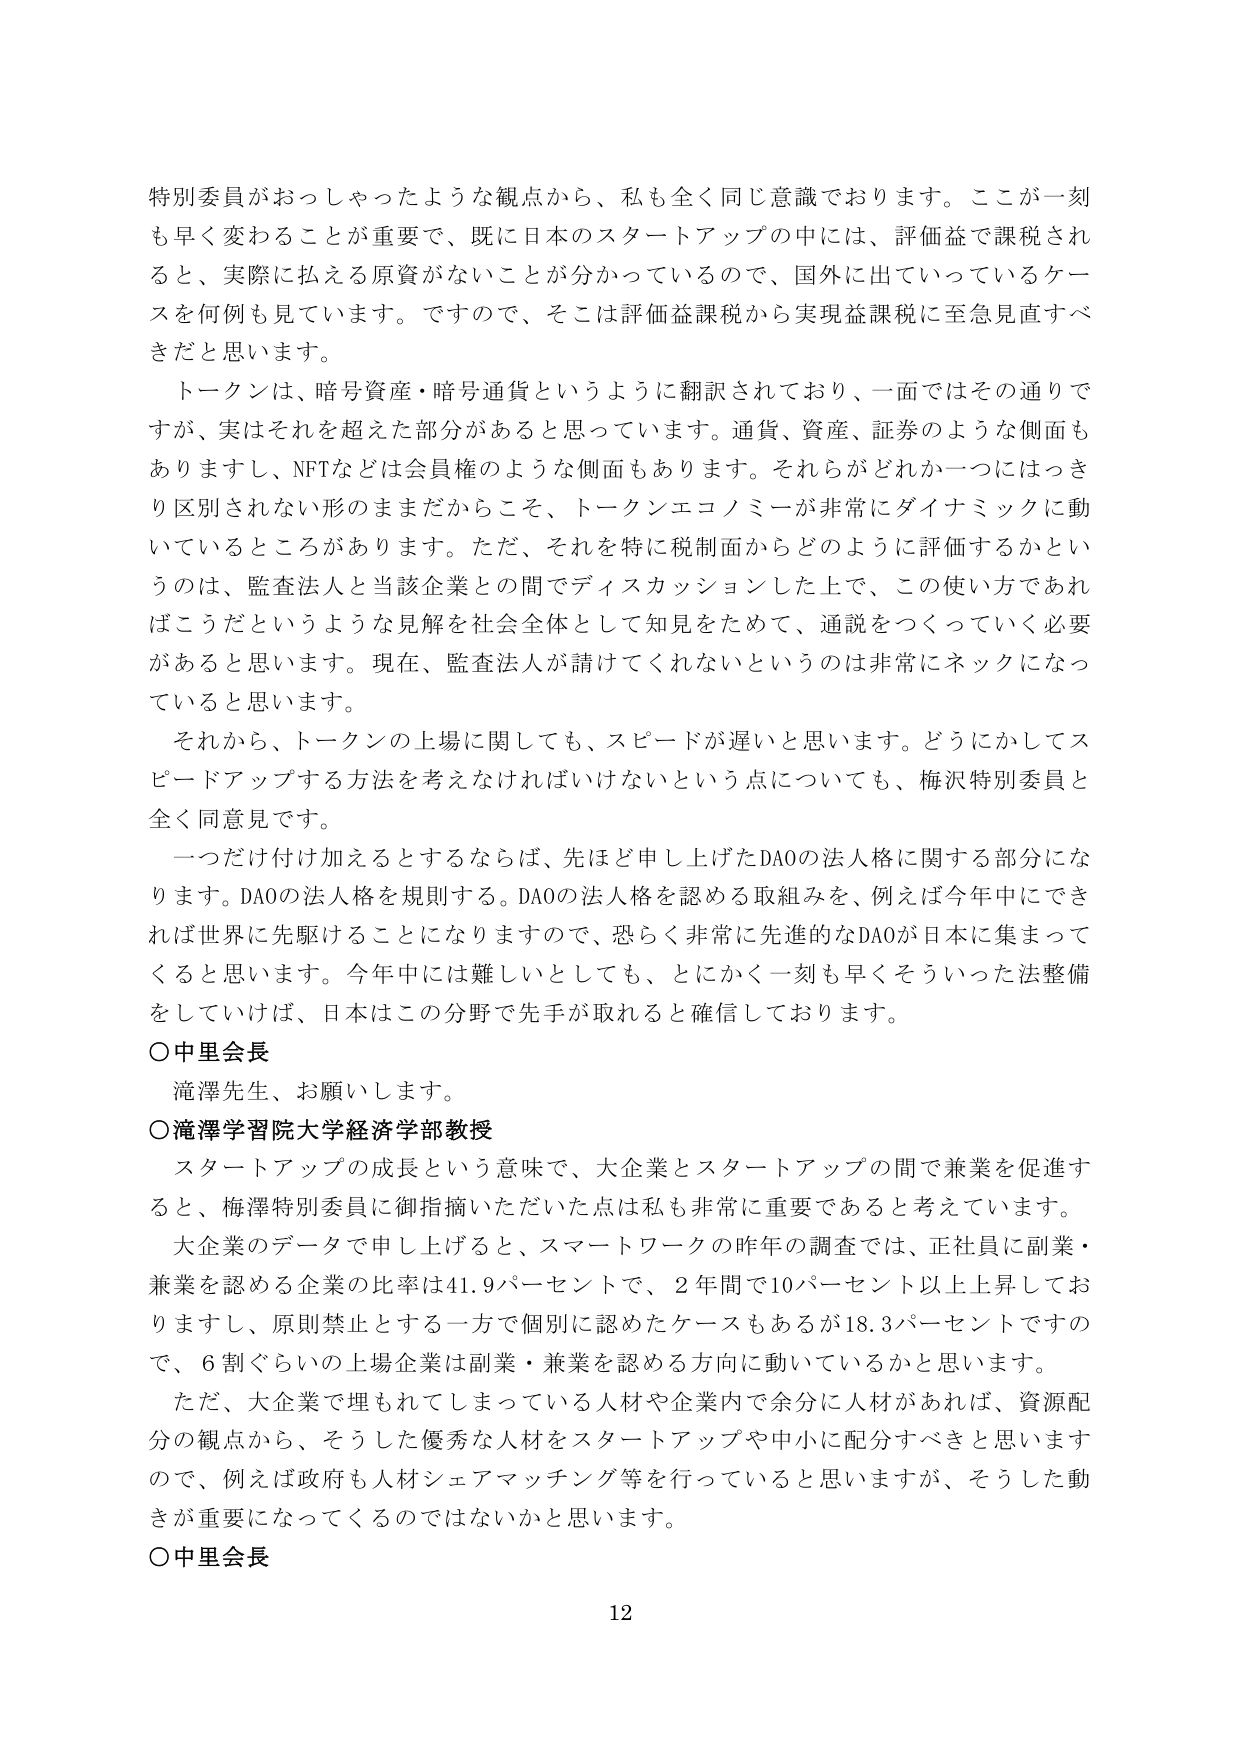
特別委員がおっしゃったような観点から、私も全く同じ意識でおります。ここが一刻も早く変わることが重要で、既に日本のスタートアップの中には、評価益で課税されると、実際に払える原資がないことが分かっているので、国外に出ていっているケースを何例も見ています。ですので、そこは評価益課税から実現益課税に至急見直すべきだと思います。

トークンは、暗号資産・暗号通貨というように翻訳されており、一面ではその通りですが、実はそれを超えた部分があると思っています。通貨、資産、証券のような側面もありますし、NFTなどは会員権のような側面もあります。それらがどれか一つにはっきり区別されない形のままだからこそ、トークンエコノミーが非常にダイナミックに動いているところがあります。ただ、それを特に税制面からどのように評価するかというのは、監査法人と当該企業との間でディスカッションした上で、この使い方であればこうだというような見解を社会全体として知見をためて、通説をつくっていく必要があると思います。現在、監査法人が請けてくれないというのは非常にネックになっていると思います。

それから、トークンの上場に関しても、スピードが遅いと思います。どうにかしてスピードアップする方法を考えなければならないという点についても、梅沢特別委員と全く同意見です。

一つだけ付け加えるとするならば、先ほど申し上げたDAOの法人格に関する部分になります。DAOの法人格を規則する。DAOの法人格を認める取組みを、例えば今年中にできれば世界に先駆けることになりますので、恐らく非常に先進的なDAOが日本に集まってくると思います。今年中には難しいとしても、とにかく一刻も早くそういった法整備をしていけば、日本はこの分野で先手が取れると確信しております。

○中里会長
滝澤先生、お願いします。

○滝澤学習院大学経済学部教授
スタートアップの成長という意味で、大企業とスタートアップの間で兼業を促進すると、梅澤特別委員に御指摘いただいた点は私も非常に重要であると考えています。
大企業のデータで申し上げると、スマートワークの昨年の調査では、正社員に副業・兼業を認める企業の比率は41.9パーセントで、2年間で10パーセント以上上昇しておりますし、原則禁止とする一方で個別に認めたケースもあるが18.3パーセントですので、6割ぐらいの上場企業は副業・兼業を認める方向に動いているかと思います。
ただ、大企業で埋もれてしまっている人材や企業内で余分に人材があれば、資源配分の観点から、そうした優秀な人材をスタートアップや中小に配分すべきと思いますので、例えば政府も人材シェアマッチング等を行っていると思いますが、そうした動きが重要になってくるのではないかと思います。

○中里会長
12